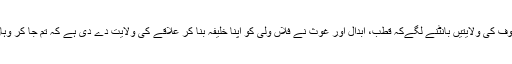
ولی حضرات تصوف کی ولایتیں بانٹنے لگےکہ قطب، ابدال اور غوث نے فلاں ولی کو اپنا خلیفہ بنا کر علاقے کی ولایت دے دی ہے کہ تم جا کر وہاں خانقاہ قائم کرو۔